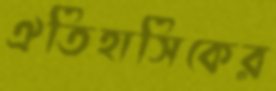
ঐতিহাসিকের